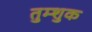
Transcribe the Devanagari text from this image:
तुम्शुक